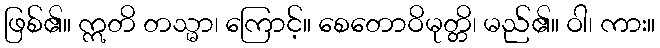
ဖြစ်၏။ ဣတိ တသ္မာ၊ ကြောင့်။ စေတောဝိမုတ္တိ၊ မည်၏။ ဝါ၊ ကား။